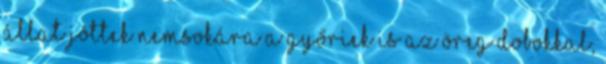
állat Jöttek nemsokára a győriek is az öreg dobokkal,